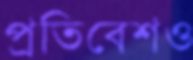
প্রতিবেশও